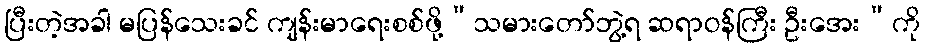
ပြီးတဲ့အခါ မပြန်သေးခင် ကျန်းမာရေးစစ်ဖို့“သမားတော်ဘွဲ့ရ ဆရာဝန်ကြီး ဦးအေး”ကို